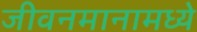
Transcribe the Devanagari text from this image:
जीवनमानामध्ये